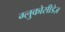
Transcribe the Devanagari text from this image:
ग्लुकोसीडेज़